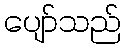
ပျော်သည်